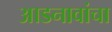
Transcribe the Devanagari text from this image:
आडनावांचा